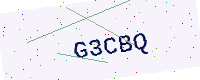
Text: G3CBQ